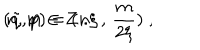
LaTeX: ( \tilde { q } , p ) = ( n \xi \, , \, \frac { m } { 2 \xi } ) \; , \hspace { . 5 c m } n , m \in Z \; .